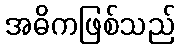
အဓိကဖြစ်သည်